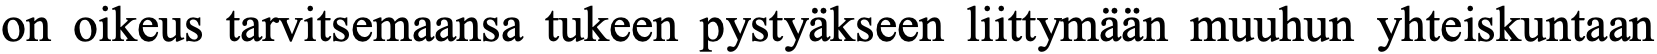
on oikeus tarvitsemaansa tukeen pystyäkseen liittymään muuhun yhteiskuntaan